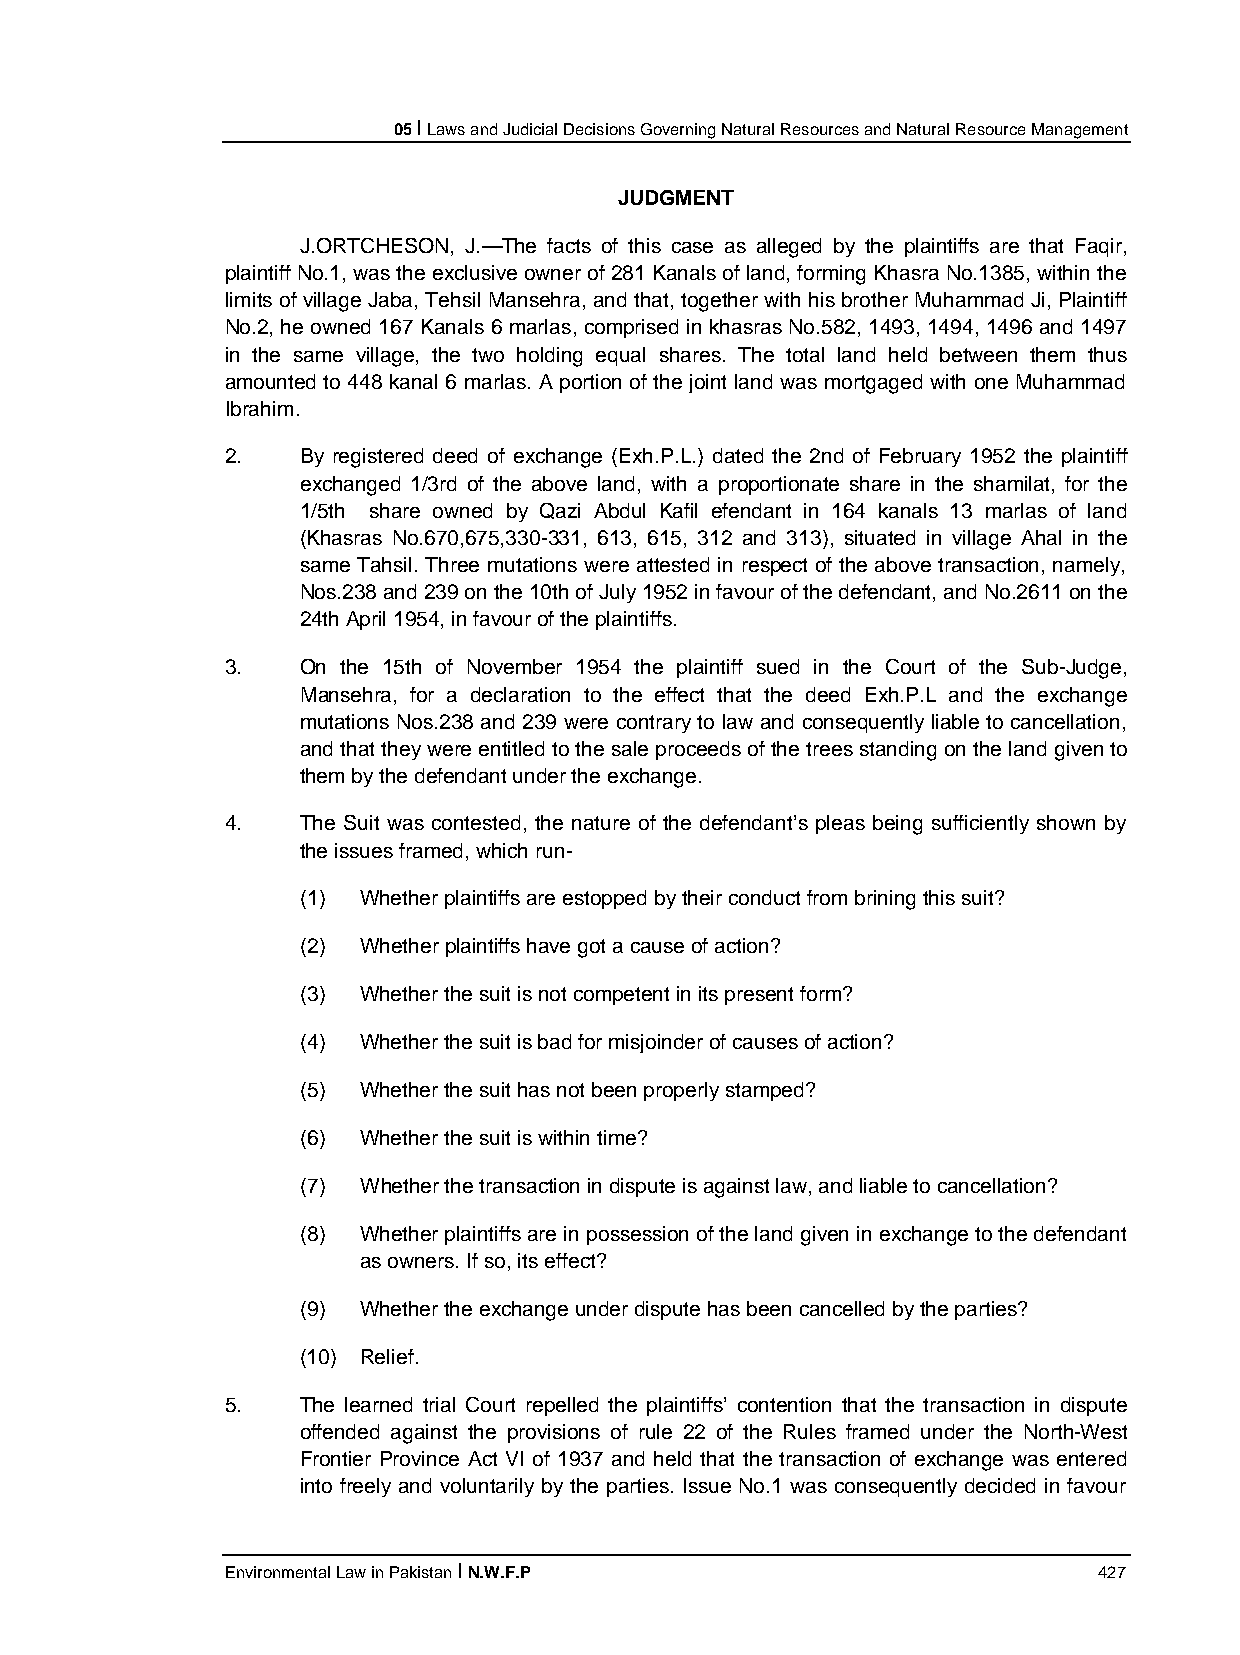
05 I Laws and Judicial Decisions Governing Natural Resources and Natural Resource Management
 JUDGMENT
 J.ORTCHESON, J.—The facts of this case as alleged by the plaintiffs are that Faqir,
 plaintiff No.1, was the exclusive owner of 281 Kanals of land, forming Khasra No.1385, within the
 limits of village Jaba, Tehsil Mansehra, and that, together with his brother Muhammad Ji, Plaintiff
 No.2, he owned 167 Kanals 6 marlas, comprised in khasras No.582, 1493, 1494, 1496 and 1497
 in the same village, the two holding equal shares. The total land held between them thus
 amounted to 448 kanal 6 marlas. A portion of the joint land was mortgaged with one Muhammad
 Ibrahim.
 2.   By registered deed of exchange (Exh.P.L.) dated the 2nd of February 1952 the plaintiff
 exchanged 1/3rd of the above land, with a proportionate share in the shamilat, for the
 1/5th share owned by Qazi Abdul Kafil efendant in 164 kanals 13 marlas of land
 (Khasras No.670,675,330-331, 613, 615, 312 and 313), situated in village Ahal in the
 same Tahsil. Three mutations were attested in respect of the above transaction, namely,
 Nos.238 and 239 on the 10th of July 1952 in favour of the defendant, and No.2611 on the
 24th April 1954, in favour of the plaintiffs.
 3.   On the 15th of November 1954 the plaintiff sued in the Court of the Sub-Judge,
 Mansehra, for a declaration to the effect that the deed Exh.P.L and the exchange
 mutations Nos.238 and 239 were contrary to law and consequently liable to cancellation,
 and that they were entitled to the sale proceeds of the trees standing on the land given to
 them by the defendant under the exchange.
 4.   The Suit was contested, the nature of the defendant’s pleas being sufficiently shown by
 the issues framed, which run-
 (1) Whether plaintiffs are estopped by their conduct from brining this suit?
 (2) Whether plaintiffs have got a cause of action?
 (3) Whether the suit is not competent in its present form?
 (4) Whether the suit is bad for misjoinder of causes of action?
 (5) Whether the suit has not been properly stamped?
 (6) Whether the suit is within time?
 (7) Whether the transaction in dispute is against law, and liable to cancellation?
 (8) Whether plaintiffs are in possession of the land given in exchange to the defendant
 as owners. If so, its effect?
 (9) Whether the exchange under dispute has been cancelled by the parties?
 (10) Relief.
 5.   The learned trial Court repelled the plaintiffs’ contention that the transaction in dispute
 offended against the provisions of rule 22 of the Rules framed under the North-West
 Frontier Province Act VI of 1937 and held that the transaction of exchange was entered
 into freely and voluntarily by the parties. Issue No.1 was consequently decided in favour
 Environmental Law in Pakistan I N.W.F.P                   427